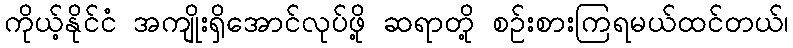
ကိုယ့်နိုင်ငံ အကျိုးရှိအောင်လုပ်ဖို့ ဆရာတို့ စဉ်းစားကြရမယ်ထင်တယ်၊